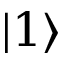
| 1 \rangle